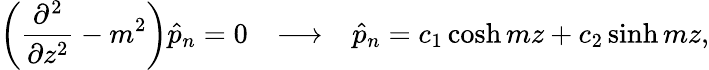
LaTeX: \left(\frac{\partial^{2}}{\partial z^{2}}-m^{2}\right)\hat{p}_{n}=0\ \ \ \longrightarrow\ \ \ \hat{p}_{n}=c_{1}\cosh{mz}+c_{2}\sinh{mz},